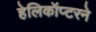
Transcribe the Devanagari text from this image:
हेलिकॉप्टरने